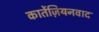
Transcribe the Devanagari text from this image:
कार्तेज़ियनवाद